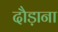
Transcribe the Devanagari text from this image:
दौड़ाना